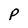
Character: p